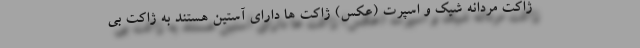
ژاکت مردانه شیک و اسپرت (عکس) ژاکت ها دارای آستین هستند به ژاکت بی